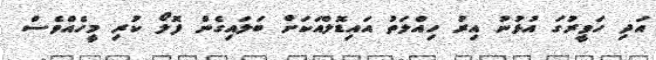
އަދި ހަވީރުގަ އުޅުނު އިރު ހިއްލަތު އައިޑޮލްއަކަށް ބަލައިގެން ފޮލޯ ކުރި މީހެއްވެސް